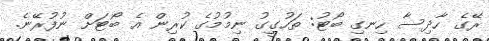
ރޭގެ ހާދިސާ ހިނގި ބޯޓު: ތަހުގީގު ނިމުމުގެ ކުރިން އެ ބޯޓަށް ނުފުރޭނެ.